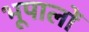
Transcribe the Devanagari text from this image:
भूपालों